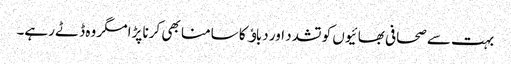
بہت سے صحافی بھائیوں کو تشدد اور دباﺅ کا سامنا بھی کرنا پڑا مگر وہ ڈٹے رہے۔